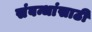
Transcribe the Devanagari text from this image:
संबन्धांसाठी